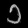
Digit: ၁